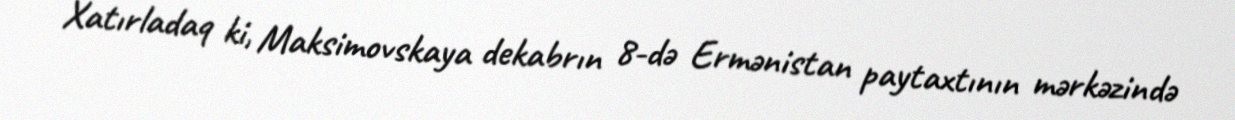
Xatırladaq ki, Maksimovskaya dekabrın 8-də Ermənistan paytaxtının mərkəzində